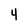
Character: 4